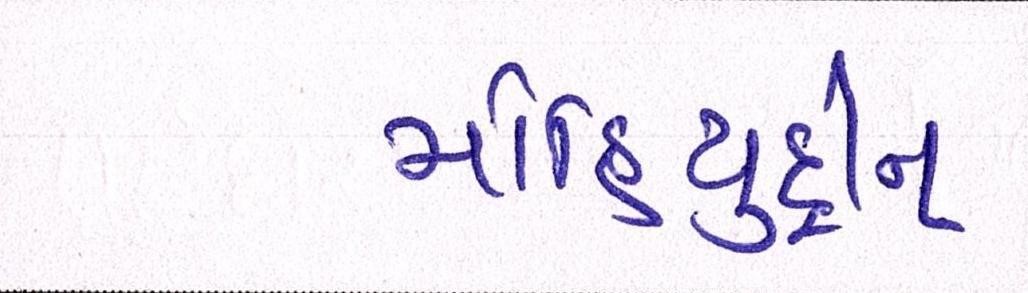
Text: મોહિયુદ્દીન